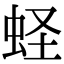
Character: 蛏